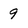
Character: 9